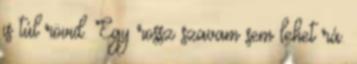
is túl rövid. Egy rossz szavam sem lehet rá.